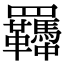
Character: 𦍈